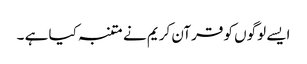
ایسے لوگوں کو قرآن کریم نے متنبہ کیا ہے ۔